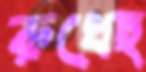
রুধেছ